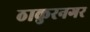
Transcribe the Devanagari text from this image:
ठाकुरनगर